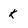
Character: k